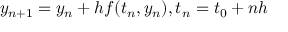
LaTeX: \, y _ { n + 1 } = y _ { n } + h f ( t _ { n } , y _ { n } ) , t _ { n } = t _ { 0 } + n h